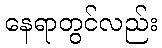
နေရာတွင်လည်း